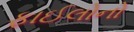
ફાઈલોનો